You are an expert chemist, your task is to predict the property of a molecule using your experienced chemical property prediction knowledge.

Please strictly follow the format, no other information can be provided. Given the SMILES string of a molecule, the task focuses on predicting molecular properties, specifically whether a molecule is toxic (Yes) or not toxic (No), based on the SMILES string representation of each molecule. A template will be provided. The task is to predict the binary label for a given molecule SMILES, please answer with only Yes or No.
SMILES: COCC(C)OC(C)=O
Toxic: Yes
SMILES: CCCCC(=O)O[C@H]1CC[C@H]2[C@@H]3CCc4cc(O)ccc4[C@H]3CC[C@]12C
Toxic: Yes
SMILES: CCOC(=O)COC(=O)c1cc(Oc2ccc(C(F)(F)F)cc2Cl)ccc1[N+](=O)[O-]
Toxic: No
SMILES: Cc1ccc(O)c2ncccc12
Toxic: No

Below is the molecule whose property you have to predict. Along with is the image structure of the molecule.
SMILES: O=S1(=O)CCCC1
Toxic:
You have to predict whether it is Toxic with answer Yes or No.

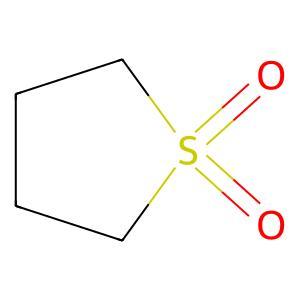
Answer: No